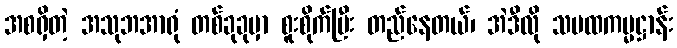
အစရှိတဲ့ အသုဘအာရုံ တစ်ခုခုမှာ စူးစိုက်ပြီး တည်နေတယ်၊ အဲဒီလို သမထကမ္မဋ္ဌာန်း